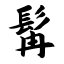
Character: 髯